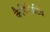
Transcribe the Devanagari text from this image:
कैपिसिटिव